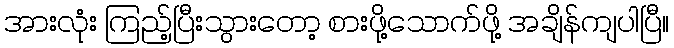
အားလုံး ကြည့်ပြီးသွားတော့ စားဖို့သောက်ဖို့ အချိန်ကျပါပြီ။